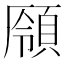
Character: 𩓒